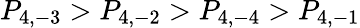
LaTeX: P_{4,-3}>P_{4,-2}>P_{4,-4}>P_{4,-1}